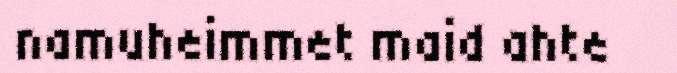
namuheimmet maid ahte